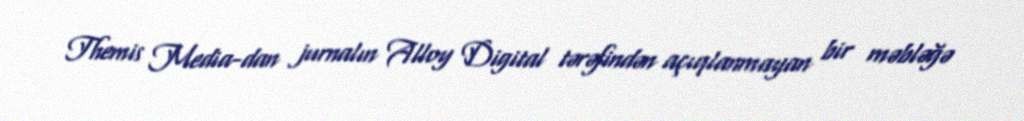
Themis Media-dan jurnalın Alloy Digital tərəfindən açıqlanmayan bir məbləğə